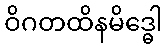
ဝိဂတထိနမိဒ္ဓေါ